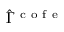
\hat { \Gamma } ^ { \mathrm { ~ c ~ o ~ f ~ e ~ } }